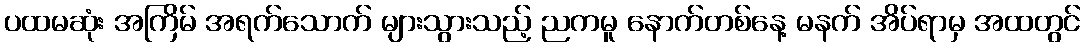
ပထမဆုံး အကြိမ် အရက်သောက် များသွားသည့် ညကမူ နောက်တစ်နေ့ မနက် အိပ်ရာမှ အထတွင်